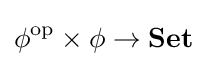
\phi ^{\text{op}}\times \phi \to \mathbf {Set}